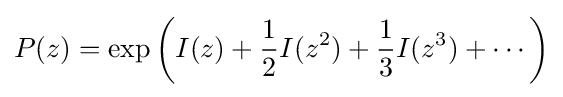
P(z)=\exp \left(I(z)+{\frac {1}{2}}I(z^{2})+{\frac {1}{3}}I(z^{3})+\cdots \right)